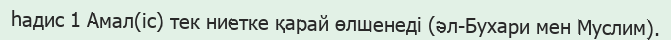
һадис 1 Амал(іс) тек ниетке қарай өлшенеді (әл-Бухари мен Муслим).